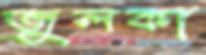
জুলকা